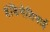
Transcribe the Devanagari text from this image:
इंडिनेशियाई